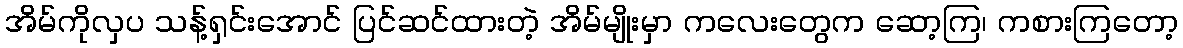
အိမ်ကိုလှပ သန့်ရှင်းအောင် ပြင်ဆင်ထားတဲ့ အိမ်မျိုးမှာ ကလေးတွေက ဆော့ကြ၊ ကစားကြတော့